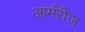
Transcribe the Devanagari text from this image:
आर्मरीज